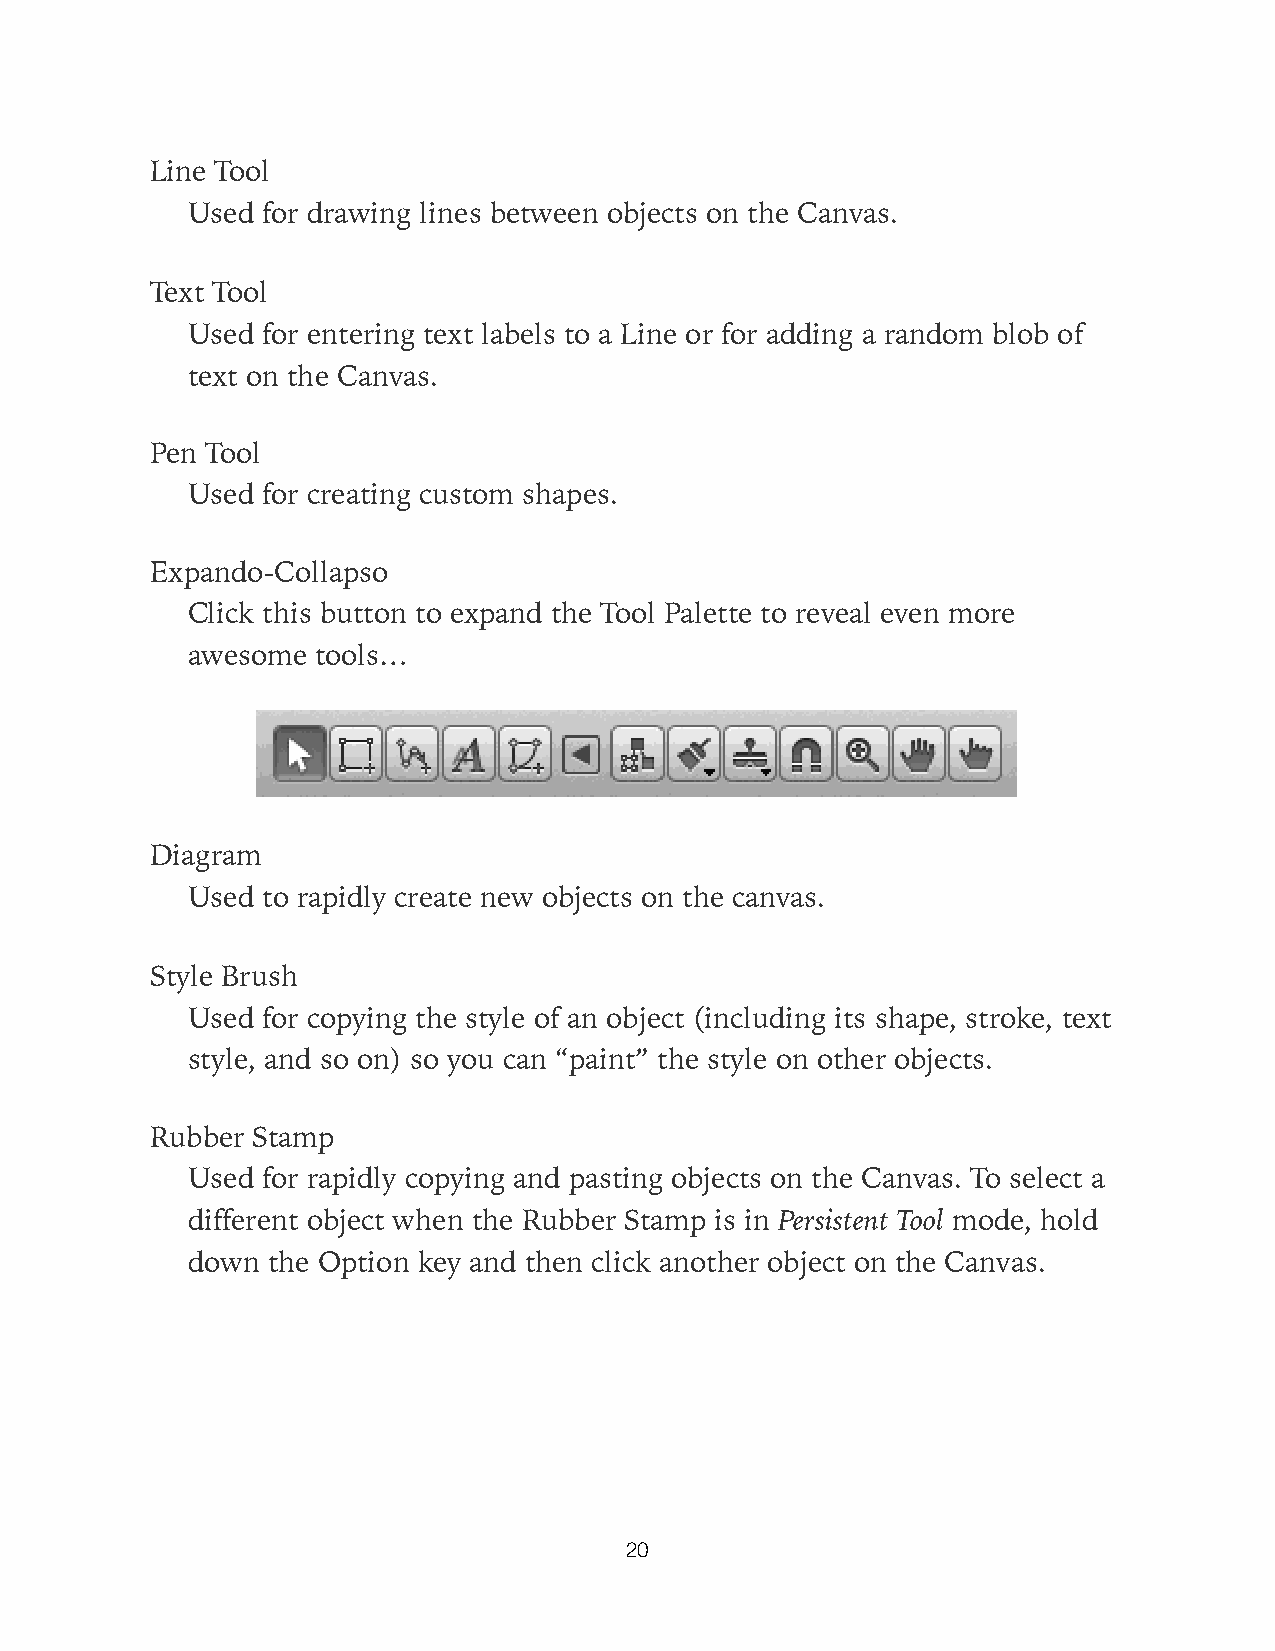
Line Tool
 Used for drawing lines between objects on the Canvas.
 Text Tool
 Used for entering text labels to a Line or for adding a random blob of
 text on the Canvas.
 Pen Tool
 Used for creating custom shapes.
 Expando-Collapso
 Click this button to expand the Tool Palette to reveal even more
 awesome  tools…
 Diagram
 Used to rapidly create new objects on the canvas.
 Style Brush
 Used for copying the style of an object (including its shape, stroke, text
 style, and so on) so you can “paint” the style on other objects.
 Rubber Stamp
 Used for rapidly copying and pasting objects on the Canvas. To select a
 different object when the Rubber Stamp is in Persistent Tool mode, hold
 down  the Option key and then click another object on the Canvas.
 20